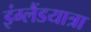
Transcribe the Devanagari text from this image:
इंग्लैंडयात्रा